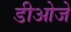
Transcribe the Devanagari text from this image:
डीओजे